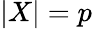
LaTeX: |X|=p